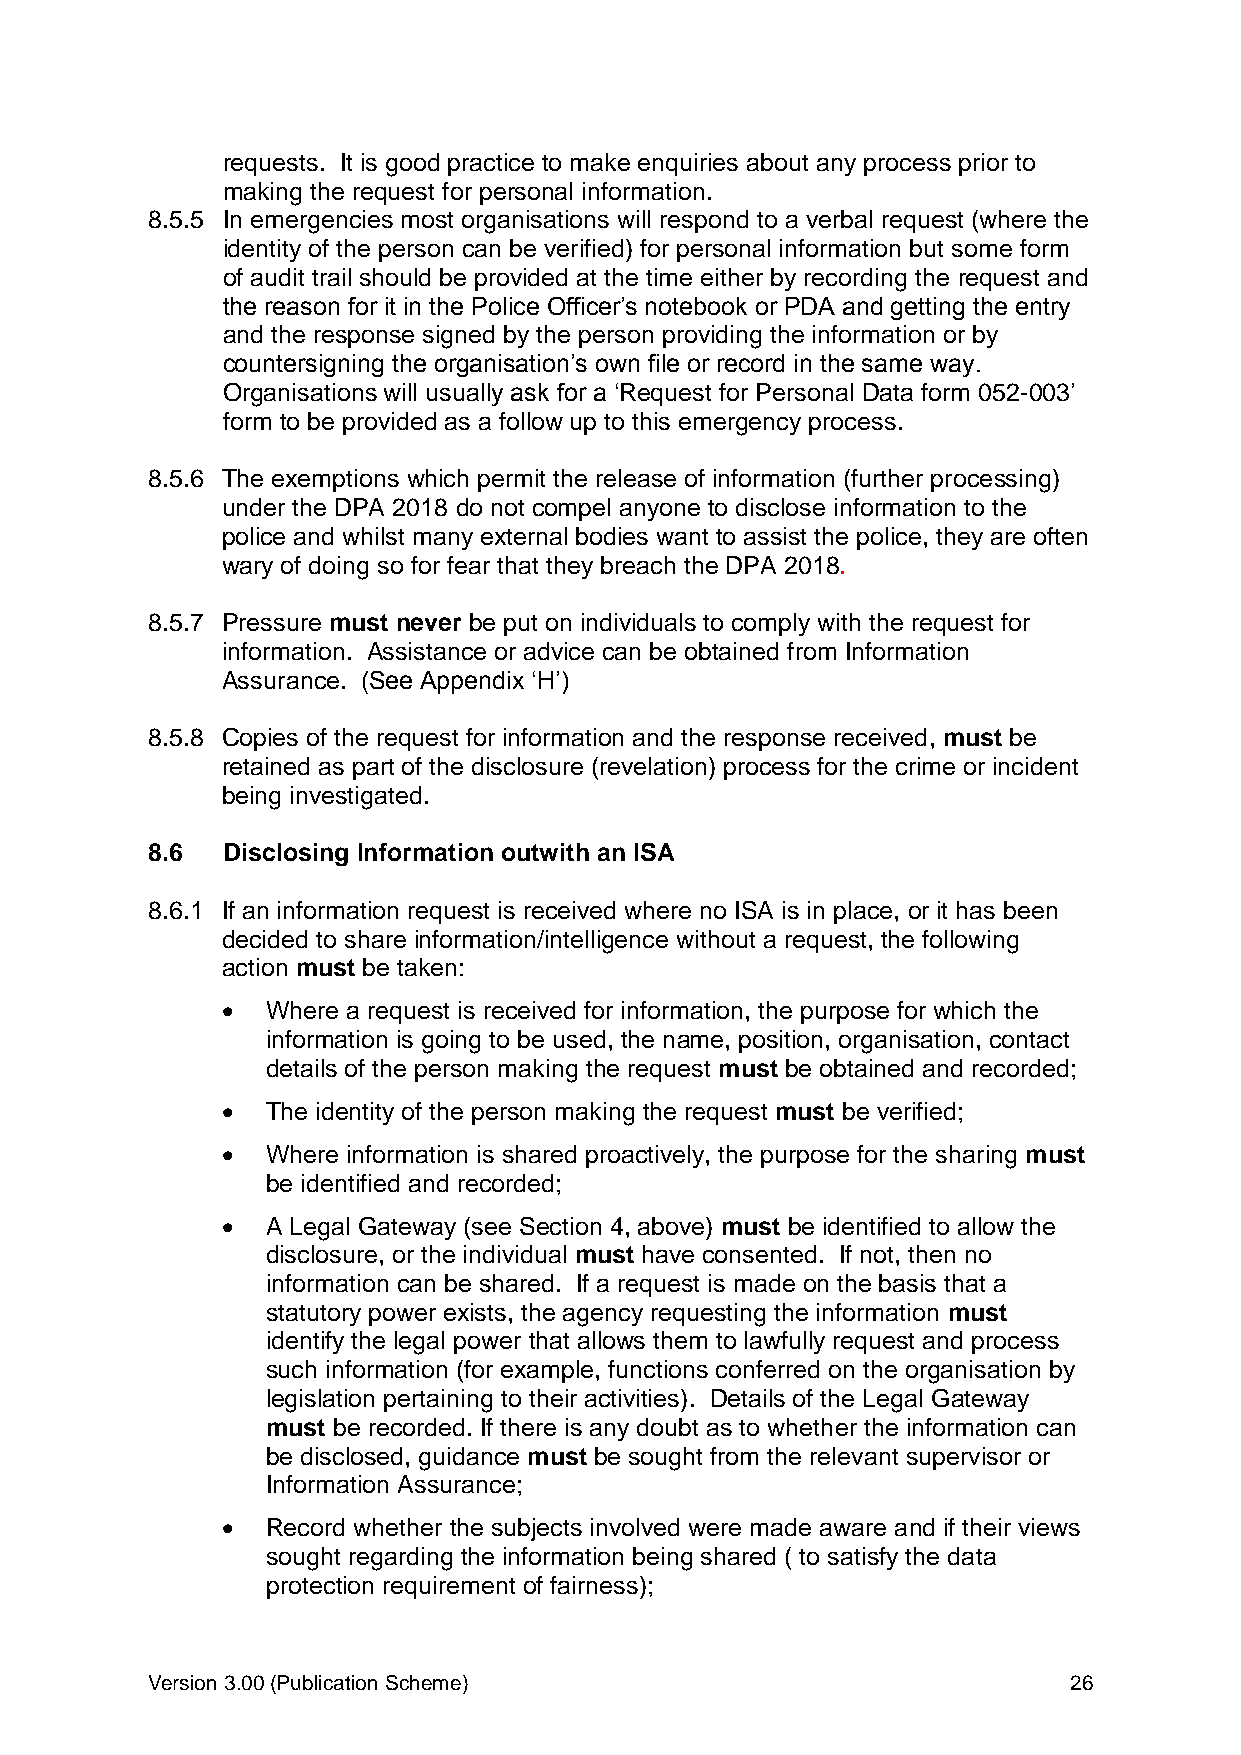
requests. It is good practice to make enquiries about any process prior to
 making the request for personal information.
 8.5.5 In emergencies most organisations will respond to a verbal request (where the
 identity of the person can be verified) for personal information but some form
 of audit trail should be provided at the time either by recording the request and
 the reason for it in the Police Officer’s notebook or PDA and getting the entry
 and the response signed by the person providing the information or by
 countersigning the organisation’s own file or record in the same way.
 Organisations will usually ask for a ‘Request for Personal Data form 052-003’
 form to be provided as a follow up to this emergency process.
 8.5.6 The exemptions which permit the release of information (further processing)
 under the DPA 2018 do not compel anyone to disclose information to the
 police and whilst many external bodies want to assist the police, they are often
 wary of doing so for fear that they breach the DPA 2018.
 8.5.7 Pressure must never be put on individuals to comply with the request for
 information. Assistance or advice can be obtained from Information
 Assurance. (See Appendix ‘H’)
 8.5.8 Copies of the request for information and the response received, must be
 retained as part of the disclosure (revelation) process for the crime or incident
 being investigated.
 8.6  Disclosing Information outwith an ISA
 8.6.1 If an information request is received where no ISA is in place, or it has been
 decided to share information/intelligence without a request, the following
 action must be taken:
   Where a request is received for information, the purpose for which the
 information is going to be used, the name, position, organisation, contact
 details of the person making the request must be obtained and recorded;
   The identity of the person making the request must be verified;
   Where information is shared proactively, the purpose for the sharing must
 be identified and recorded;
   A Legal Gateway (see Section 4, above) must be identified to allow the
 disclosure, or the individual must have consented. If not, then no
 information can be shared. If a request is made on the basis that a
 statutory power exists, the agency requesting the information must
 identify the legal power that allows them to lawfully request and process
 such information (for example, functions conferred on the organisation by
 legislation pertaining to their activities). Details of the Legal Gateway
 must be recorded. If there is any doubt as to whether the information can
 be disclosed, guidance must be sought from the relevant supervisor or
 Information Assurance;
   Record whether the subjects involved were made aware and if their views
 sought regarding the information being shared ( to satisfy the data
 protection requirement of fairness);
 Version 3.00 (Publication Scheme)                            26